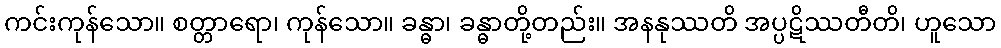
ကင်းကုန်သော။ စတ္တာရော၊ ကုန်သော။ ခန္ဓာ၊ ခန္ဓာတို့တည်း။ အနနုဿတိ အပ္ပဋိဿတီတိ၊ ဟူသော